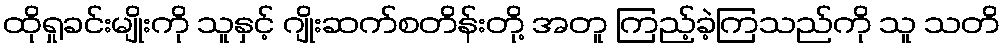
ထိုရှုခင်းမျိုးကို သူနှင့် ဂျိုးဆက်စတိန်းတို့ အတူ ကြည့်ခဲ့ကြသည်ကို သူ သတိ